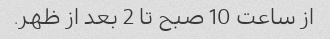
از ساعت 10 صبح تا 2 بعد از ظهر.